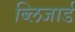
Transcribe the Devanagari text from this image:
ब्लिजार्ड